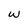
Character: w